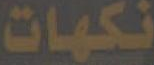
نكهات